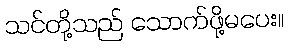
သင်တို့သည် သောက်ဖို့မပေး။